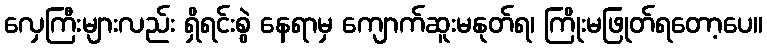
လှေကြီးများလည်း ရှိရင်းစွဲ နေရာမှ ကျောက်ဆူးမနုတ်ရ၊ ကြိုးမဖြုတ်ရတော့ပေ။